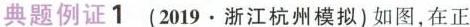
典题例证1 (2019.浙江杭州模拟)如图，在正